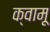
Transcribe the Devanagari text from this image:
क्वामू